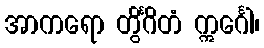
အာကရော တွိင်္ဂိတံ ဣင်္ဂေါ၊